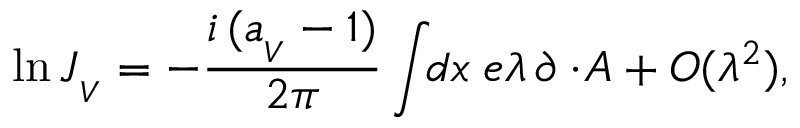
\ln J _ { _ V } = - \frac { i \, ( a _ { _ V } - 1 ) } { 2 \pi } \int \! \! d x \; e \lambda \, \partial \cdotp \! A + { \cal O } ( \lambda ^ { 2 } ) ,